Annual report of the Madras Medical College
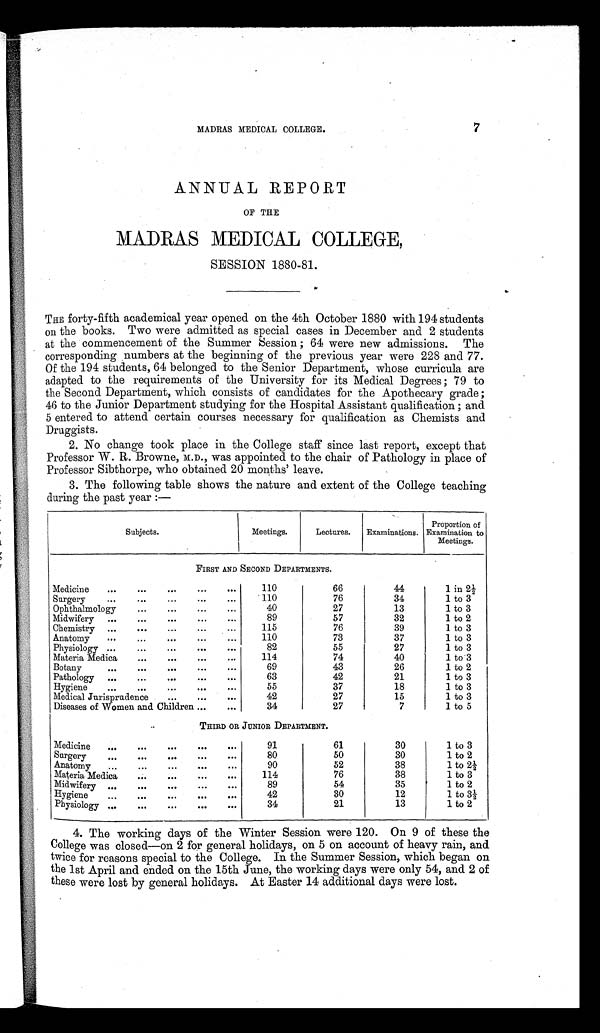
MADRAS MEDICAL COLLEGE.
7
ANNUAL REPORT
OF THE
MADRAS MEDICAL COLLEGE,
SESSION 1880-81.
THE forty-fifth academical year opened on the 4th October 1880 with 194 students
on the books. Two were admitted as special cases in December and 2 students
at the commencement of the Summer Session; 64 were new admissions. The
corresponding numbers at the beginning of the previous year were 228 and 77.
Of the 194 students, 64 belonged to the Senior Department, whose curricula are
adapted to the requirements of the University for its Medical Degrees; 79 to
the Second Department, which consists of candidates for the Apothecary grade;
46 to the Junior Department studying for the Hospital Assistant qualification; and
5 entered to attend certain courses necessary for qualification as Chemists and
Druggists.
2.
No change took place in the College staff since last report, except that
Professor W. R. Browne, M.D., was appointed to the chair of Pathology in place of
Professor Sibthorpe, who obtained 20 months' leave.
3.
The following table shows the nature and extent of the College teaching
during the past year :-
Meetings.
Lectures.
Examinations.
Proportion of
Examination to
Meetings.
Medicine
66
44
1 in 2½
Surgery
110
76
34
1 to 3
Ophthalmology
40
27
13
1 to 3
Midwifery
89
57
32
1 to 2
Chemistry
115
76
39
1 to 3
Anatomy
110
73
37
1 to 3
Physiology
82
55
27
1 to 3
Materia Medica
114
74
40
1 to 3
Botany
69
43
26
1 to 2
Pathology
63
42
21
1 to 3
Hygiene
55
37
18
1 to 3
Medical Jurisprudence
42
27
15
1 to 3
Diseases of Women and Children
34
27
7
1 to 5
Medicine
91
61
30
1 to 3
Surgery
80
50
30
1 to 2
Anatomy
90
52
38
1 to 2½
Materia Medica
114
76
38
1 to 3
Midwifery
89
54
35
1 to 2
Hygiene
42
30
12
1 to 3½
Physiology
34
21
13
1 to 2
4.
The working days of the Winter Session were 120. On 9 of these the
College was closed—on 2 for general holidays, on 5 on account of heavy rain, and
twice for reasons special to the College. In the Summer Session, which began on
the 1st April and ended on the 15th June, the working days were only 54, and 2 of
these were lost by general holidays. At Easter 14 additional days were lost.